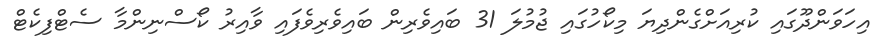
އިހަވަންދޫގައި ކުރިއަށްގެންދިޔަ މިކޯހުގައި ޖުމުލަ 31 ބައިވެރިން ބައިވެރިވެފައި ވާއިރު ކޯސްނިންމާ ސެޓްފިކެޓް